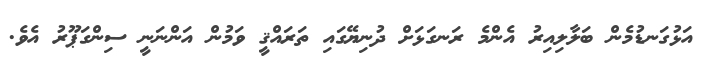
އަޅުގަނޑުމެން ބަލާލިއިރު އެންމެ ރަނގަޅަށް ދުނިޔޭގައި ތަރައްޤީ ވަމުން އަންނަނީ ސިންގަޕޫރު އެވެ.